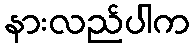
နားလည်ပါက